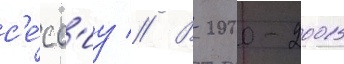
с'е́сс'иу // В 2000-2001